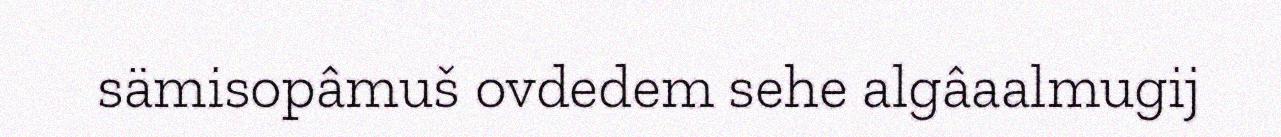
sämisopâmuš ovdedem sehe algâaalmugij